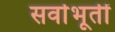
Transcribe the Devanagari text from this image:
सर्वाभूतीं